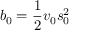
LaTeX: b _ { 0 } = { \frac { 1 } { 2 } } v _ { 0 } s _ { 0 } ^ { 2 }